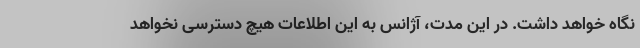
نگاه خواهد داشت. در این مدت، آژانس به این اطلاعات هیچ دسترسی نخواهد